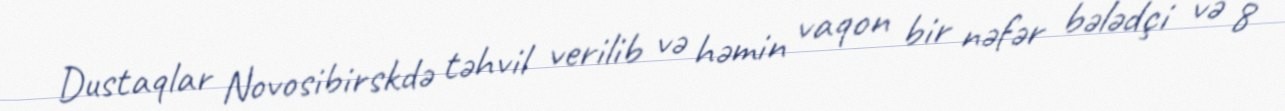
Dustaqlar Novosibirskdə təhvil verilib və həmin vaqon bir nəfər bələdçi və 8